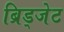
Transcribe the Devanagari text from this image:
ब्रिड्जेट